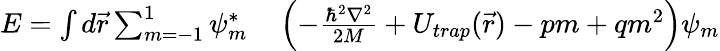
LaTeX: \begin{array}{rl}{E=\int d\vec{r}\sum_{m=-1}^{1}\psi_{m}^{*}}&{{}\left(-\frac{\hbar^{2}\nabla^{2}}{2M}+U_{trap}(\vec{r})-pm+qm^{2}\right)\psi_{m}}\end{array}